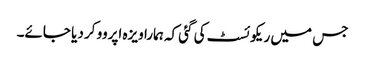
جس میں ریکوئسٹ کی گئی کہ ہمارا ویزہ اپروو کر دیا جائے۔